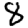
Digit: 8